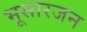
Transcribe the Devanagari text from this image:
भूसारजन